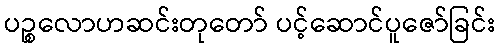
ပဉ္စလောဟဆင်းတုတော် ပင့်ဆောင်ပူဇော်ခြင်း